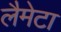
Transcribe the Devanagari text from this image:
लैमेटा